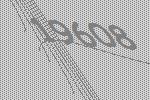
19608